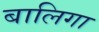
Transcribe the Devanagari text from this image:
बालिगा